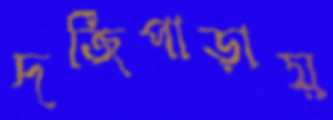
দর্জিপাড়ায়